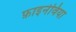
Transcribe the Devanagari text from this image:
फ़ाइनेविया